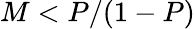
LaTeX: M<P/(1-P)